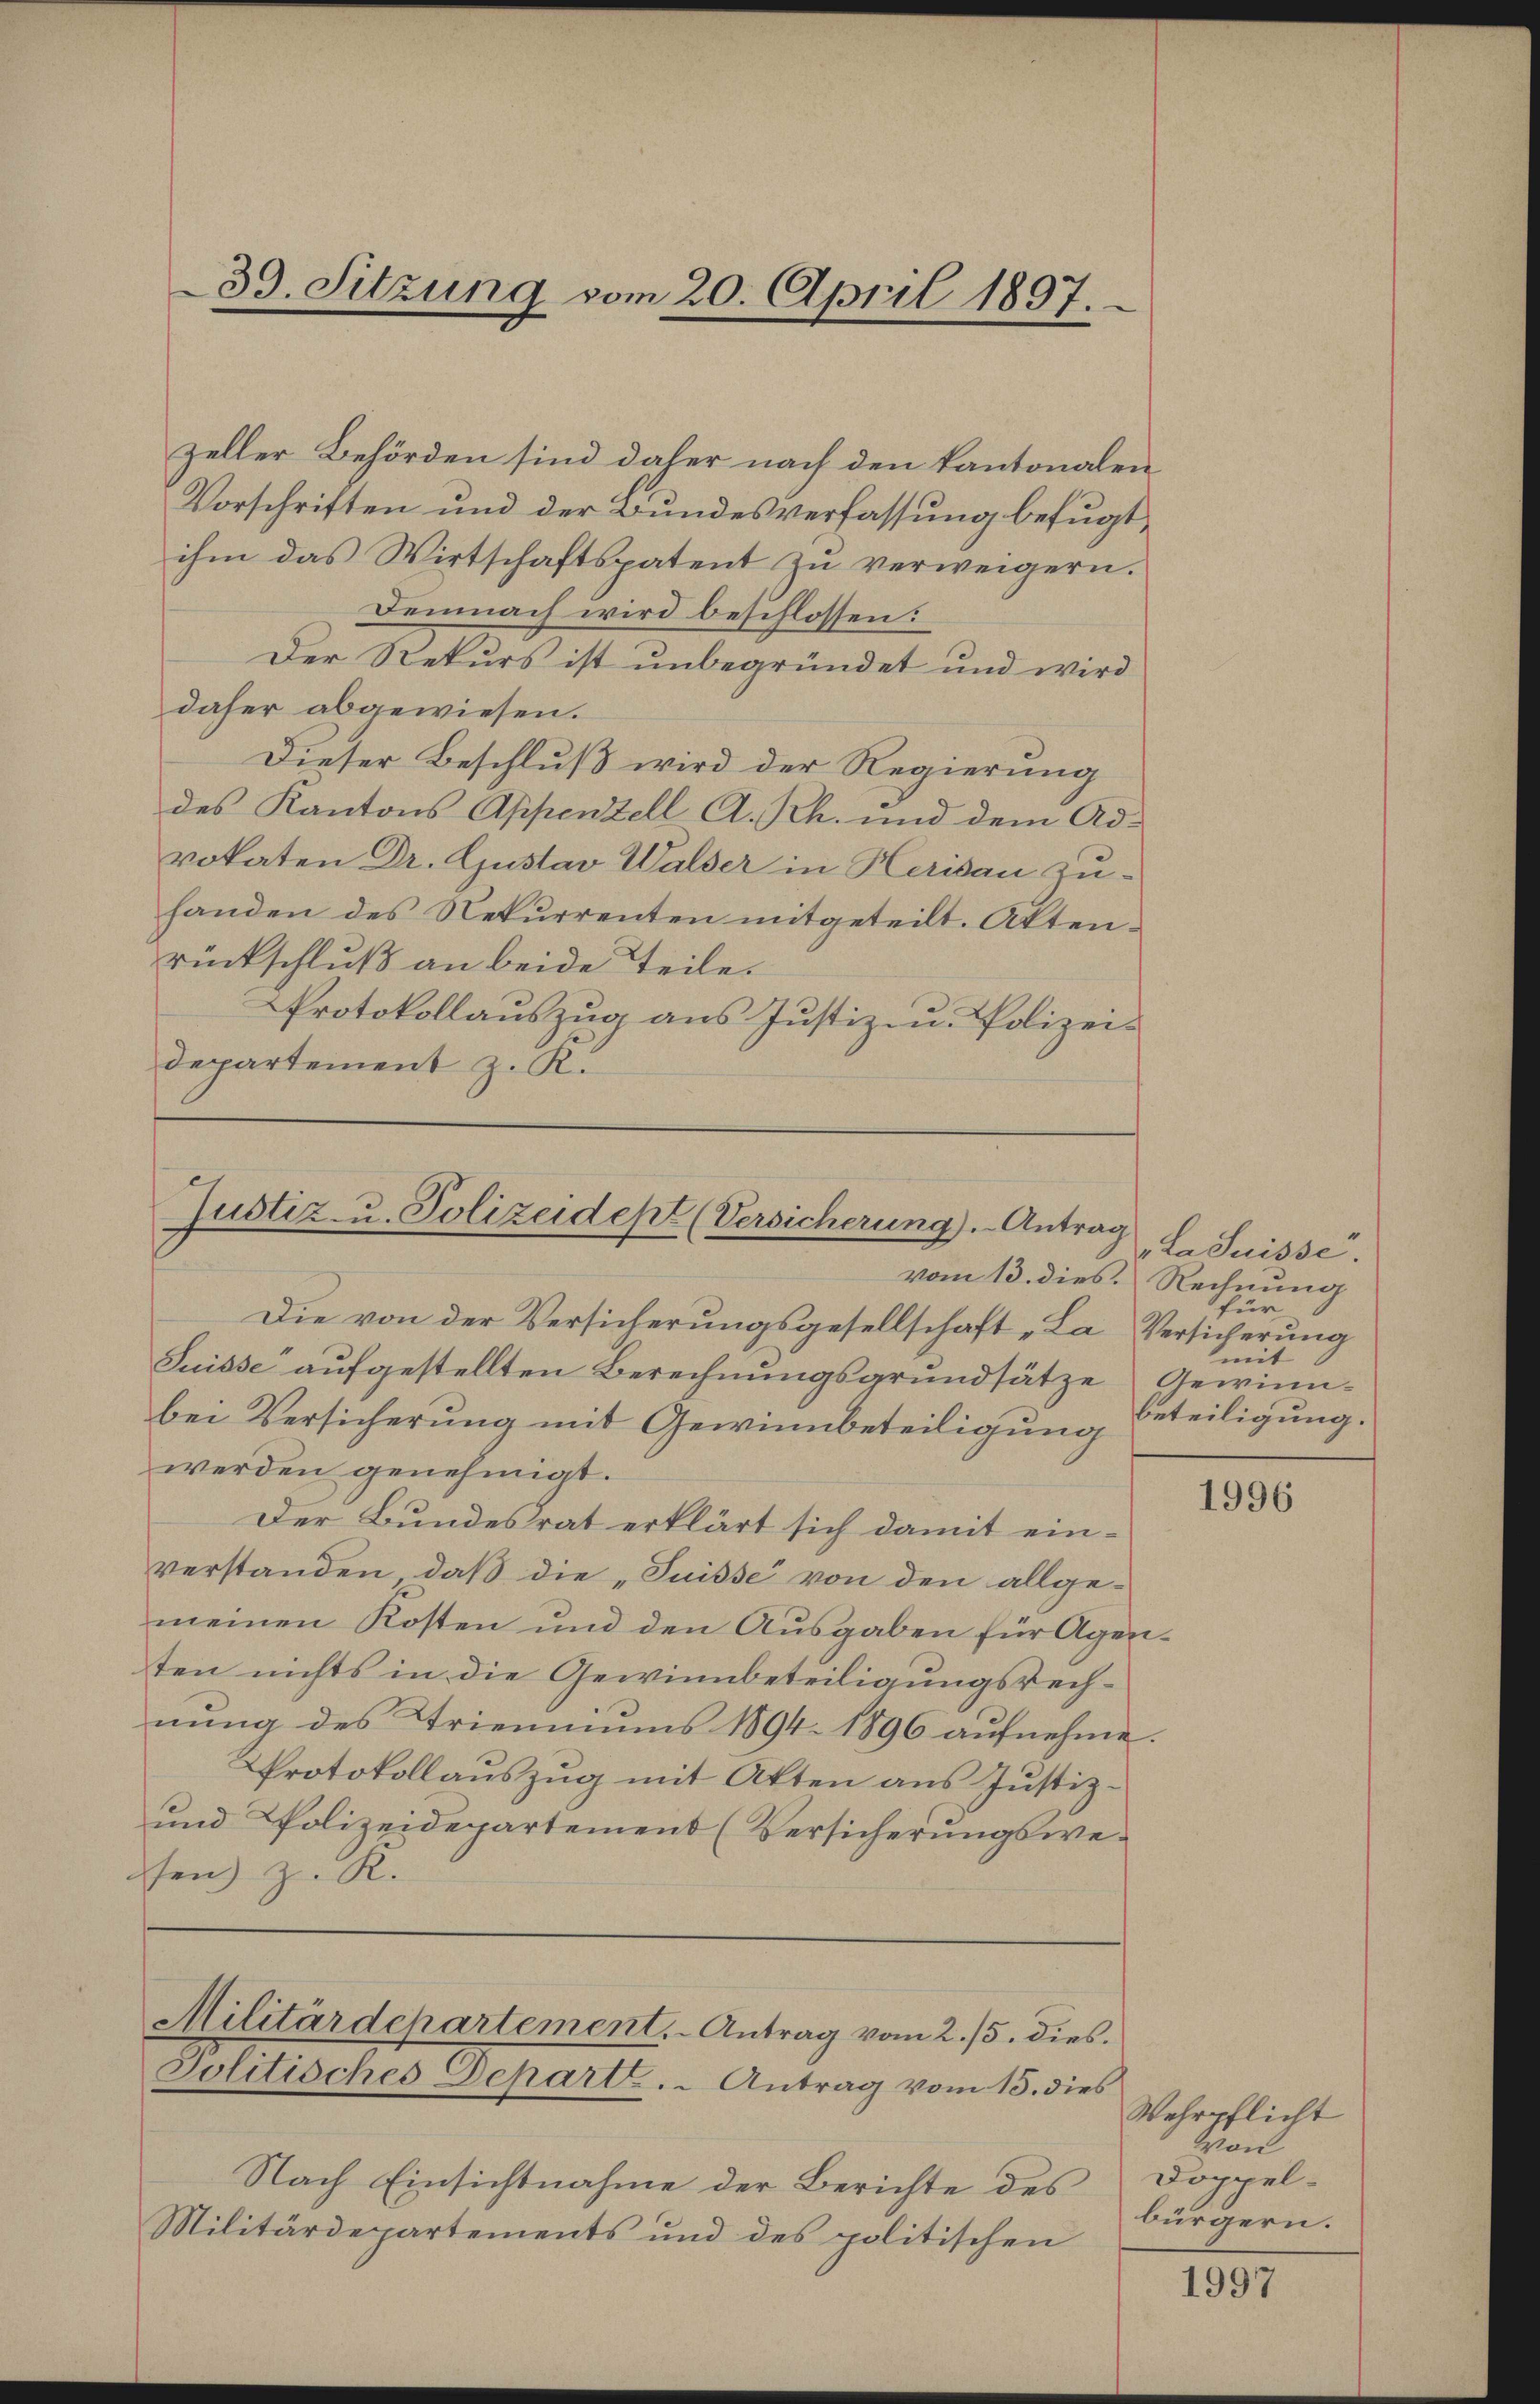
zeller Behörden sind daher nach den Kantonalen
Vorschriften und der Bundesverfassung befugt,
ihm das Wirtschaftspatent zu verweigern.
Demnach wird beschlossen:
Der Rekurs ist unbegründet und wird
daher abgewiesen.
Dieser Beschluß wird der Regierung
des Kantons Appenzell A. Rh. und dem Advokaten Dr. Gustav Walser in Herisau zuhanden des Rekurrenten mitgeteilt. Aktenrückschluß an beide Teile.
Protokollauszug aus Justiz- u. Polizeis
departement z. K.

39. Sitzung vom 20. April 1897.

Justiz- u. Polizeidept (Versicherung). Antrag

Nach Einsichtnahme der Berichte des
Militärdepartements und des politischen

Militärdepartement. Antrag vom 2./5. dies
Jolitisches Depart. Antrag vom 15. dies

vom 13. dies Rechnung
Die von der Versicherungsgesellschaft „La Versicherung
Suisse aufgestellten Berechnungsgrundsätze Gewinnbei Versicherung mit Gewinnbeteiligung
werden genehmigt.
Der Bundesrat erklärt sich damit einverstanden, daß die „Suisse von den allge-
meinen Kosten und den Ausgaben für Agenten nichts in die Gewinnbeteiligungsrechnung des Trienniums 1894. 1896 aufnehme.
Protokollaŭszŭg mit Akten ans Justiz-
und Polizeidepartement (Versicherungswesen z. R.

"La Suisse.
für
mit
beteiligung.

1996

Wehrpflicht
on
Doppelbürgern.

1997